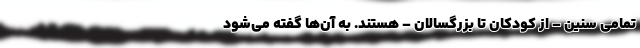
تمامی سنین – از کودکان تا بزرگسالان – هستند. به آن‌ها گفته می‌شود